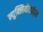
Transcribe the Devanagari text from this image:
न्युक्लियोटाईड्स